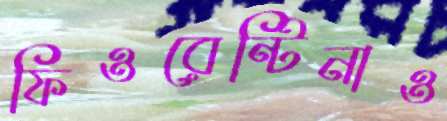
ফিওরেন্টিনাও